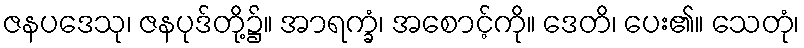
ဇနပဒေသု၊ ဇနပုဒ်တို့၌။ အာရက္ခံ၊ အစောင့်ကို။ ဒေတိ၊ ပေး၏။ သေတုံ၊